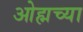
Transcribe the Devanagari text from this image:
ओह्मच्या